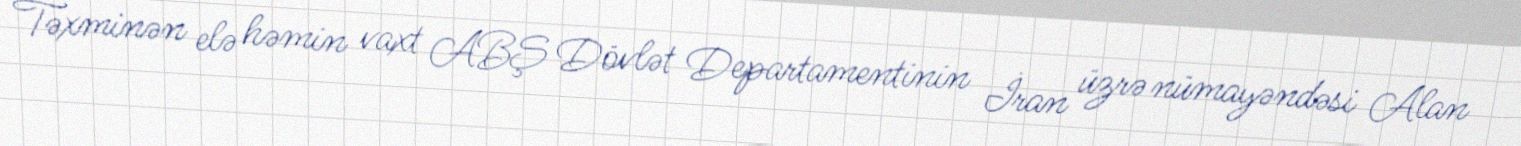
Təxminən elə həmin vaxt ABŞ Dövlət Departamentinin İran üzrə nümayəndəsi Alan